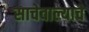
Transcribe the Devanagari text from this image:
साचेवाल्याचे